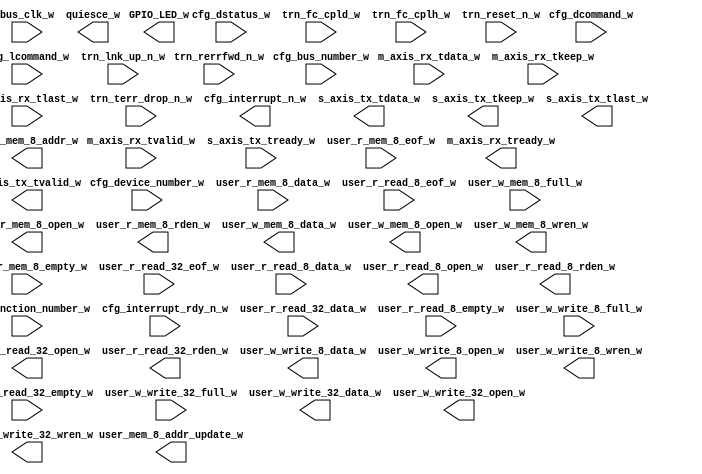
module xillybus_core
  (
  input  bus_clk_w,
  input [7:0] cfg_bus_number_w,
  input [15:0] cfg_dcommand_w,
  input [4:0] cfg_device_number_w,
  input [15:0] cfg_dstatus_w,
  input [2:0] cfg_function_number_w,
  input  cfg_interrupt_rdy_n_w,
  input [15:0] cfg_lcommand_w,
  input [63:0] m_axis_rx_tdata_w,
  input [7:0] m_axis_rx_tkeep_w,
  input  m_axis_rx_tlast_w,
  input  m_axis_rx_tvalid_w,
  input  s_axis_tx_tready_w,
  input [11:0] trn_fc_cpld_w,
  input [7:0] trn_fc_cplh_w,
  input  trn_lnk_up_n_w,
  input  trn_rerrfwd_n_w,
  input  trn_reset_n_w,
  input  trn_terr_drop_n_w,
  input [7:0] user_r_mem_8_data_w,
  input  user_r_mem_8_empty_w,
  input  user_r_mem_8_eof_w,
  input [31:0] user_r_read_32_data_w,
  input  user_r_read_32_empty_w,
  input  user_r_read_32_eof_w,
  input [7:0] user_r_read_8_data_w,
  input  user_r_read_8_empty_w,
  input  user_r_read_8_eof_w,
  input  user_w_mem_8_full_w,
  input  user_w_write_32_full_w,
  input  user_w_write_8_full_w,
  output [3:0] GPIO_LED_w,
  output  cfg_interrupt_n_w,
  output  m_axis_rx_tready_w,
  output  quiesce_w,
  output [63:0] s_axis_tx_tdata_w,
  output [7:0] s_axis_tx_tkeep_w,
  output  s_axis_tx_tlast_w,
  output  s_axis_tx_tvalid_w,
  output  user_mem_8_addr_update_w,
  output [4:0] user_mem_8_addr_w,
  output  user_r_mem_8_open_w,
  output  user_r_mem_8_rden_w,
  output  user_r_read_32_open_w,
  output  user_r_read_32_rden_w,
  output  user_r_read_8_open_w,
  output  user_r_read_8_rden_w,
  output [7:0] user_w_mem_8_data_w,
  output  user_w_mem_8_open_w,
  output  user_w_mem_8_wren_w,
  output [31:0] user_w_write_32_data_w,
  output  user_w_write_32_open_w,
  output  user_w_write_32_wren_w,
  output [7:0] user_w_write_8_data_w,
  output  user_w_write_8_open_w,
  output  user_w_write_8_wren_w
);
endmodule